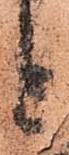
と